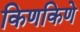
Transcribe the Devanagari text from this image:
किणकिणे